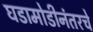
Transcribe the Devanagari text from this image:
घडामोडीनंतरचे